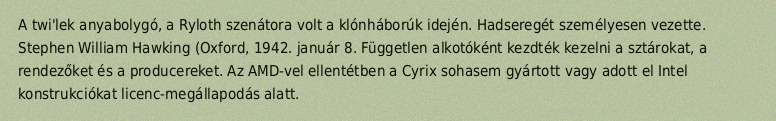
A twi'lek anyabolygó, a Ryloth szenátora volt a klónháborúk idején. Hadseregét személyesen vezette. Stephen William Hawking (Oxford, 1942. január 8. Független alkotóként kezdték kezelni a sztárokat, a rendezőket és a producereket. Az AMD-vel ellentétben a Cyrix sohasem gyártott vagy adott el Intel konstrukciókat licenc-megállapodás alatt.